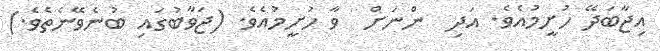
އިޖާބަދޭ ހުށީމުއެވެ. އަދި  ންނަށް  ވާ ހުށީމުއެވެ. (ޖަވާބުގައި ބުނެވޭނެތެވެ.)